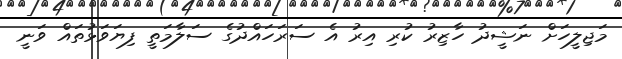
މަޖިލީހަށް ނަޝީދު ހާޒިރު ކުރި އިރު އެ ސަރަހައްދުގެ ސަލާމަތީ ފިޔަވަޅުތައް ވަނީ